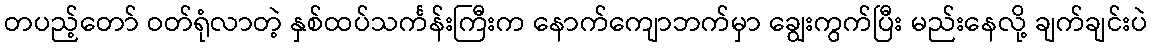
တပည့်တော် ဝတ်ရုံလာတဲ့ နှစ်ထပ်သင်္ကန်းကြီးက နောက်ကျောဘက်မှာ ချွေးကွက်ပြီး မည်းနေလို့ ချက်ချင်းပဲ